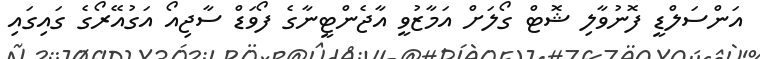
އަންސަލްޑީ ފޮނުވާލި ޝޮޓް ގޯލަށް އަމާޒުވީ އާޖެންޓީނާގެ ފޯވަޑް ސާޖިއޯ އަގުއޭރޯގެ ގައިގައި